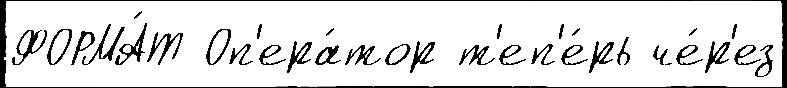
ФОРМА́Т Оп'ера́тор т'еп'е́рь че́р'ез